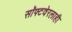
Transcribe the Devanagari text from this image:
सॉफ्टवेरलाही